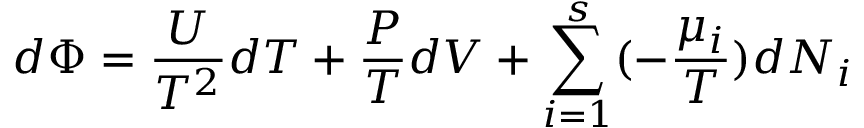
d \Phi = { \frac { U } { T ^ { 2 } } } d T + { \frac { P } { T } } d V + \sum _ { i = 1 } ^ { s } ( - { \frac { \mu _ { i } } { T } } ) d N _ { i }